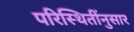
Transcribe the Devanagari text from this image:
परिस्थितींनुसार